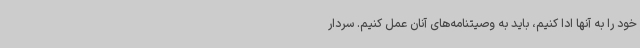
خود را به آنها ادا کنیم، باید به وصیتنامه‌های آنان عمل کنیم. سردار